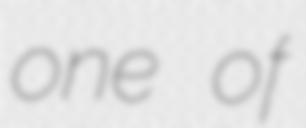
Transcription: one of